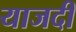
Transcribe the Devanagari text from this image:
याजदी